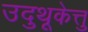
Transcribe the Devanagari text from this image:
उदुथूकेत्तु